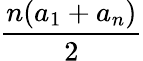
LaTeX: \frac{n(a_{1}+a_{n})}{2}